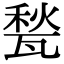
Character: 甃